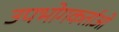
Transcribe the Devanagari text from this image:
उपभोगकर्ताओ